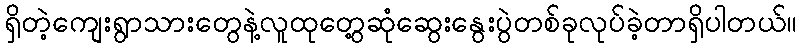
ရှိတဲ့ကျေးရွာသားတွေနဲ့လူထုတွေ့ဆုံဆွေးနွေးပွဲတစ်ခုလုပ်ခဲ့တာရှိပါတယ်။